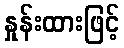
နှုန်းထားဖြင့်